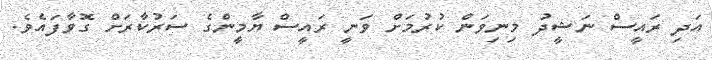
އަދި ރައީސް ނަޝީދު މިނިވަން ކުރުމަށް ވަނީ ރައީސް ޔާމީންގެ ސަރުކާރަށް ގޮވާފައެވެ.